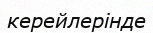
керейлерінде